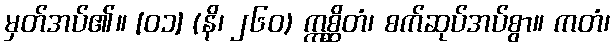
မှတ်အပ်၏။ [၀၁] (နိ၊ ၂၆၀) ဣစ္ဆိတံ၊ စက်ဆုပ်အပ်စွာ။ ကတံ၊